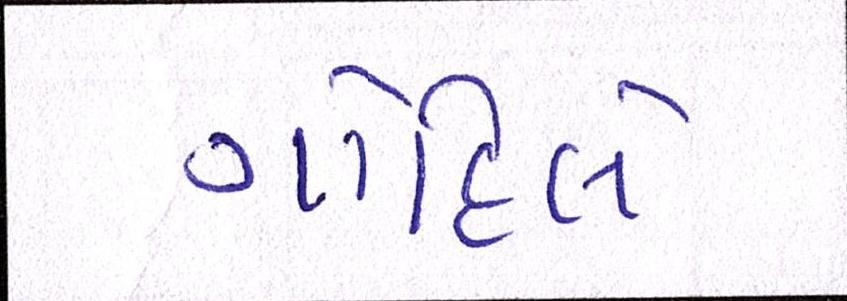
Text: ગોહિલે